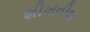
શીખવીશ